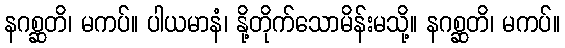
နဂစ္ဆတိ၊ မကပ်။ ပါယမာနံ၊ နို့တိုက်သောမိန်းမသို့။ နဂစ္ဆတိ၊ မကပ်။